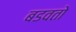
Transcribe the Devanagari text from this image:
बडवतो